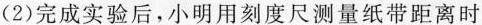
(2)完成实验后，小明用刻度尺测量纸带距离时